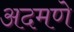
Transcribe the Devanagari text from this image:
अदमणे